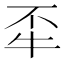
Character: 𤘮